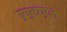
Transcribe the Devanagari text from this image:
एएचएल